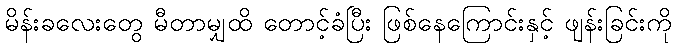
မိန်းခလေးတွေ မီတာမျှထိ တောင့်ခံပြီး ဖြစ်နေကြောင်းနှင့် ဖျန်းခြင်းကို